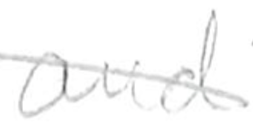
Text: and
Cross-out: diagonal
Writing tool: pencil